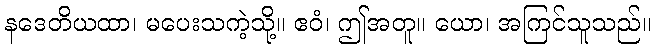
နဒေတိယထာ၊ မပေးသကဲ့သို့။ ဧဝံ၊ ဤအတူ။ ယော၊ အကြင်သူသည်။